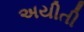
અયીતી